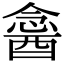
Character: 𨡣